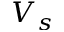
V _ { s }